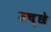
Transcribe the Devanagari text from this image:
उच्छे